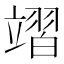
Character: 𮵪